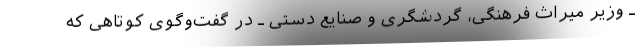
ـ وزیر میراث فرهنگی، گردشگری و صنایع دستی ـ در گفت‌وگوی کوتاهی که